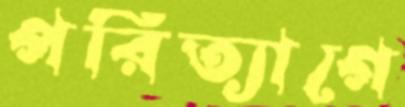
পরিত্যাগে